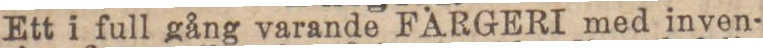
Ett i full gång varande FARGERI med inven-